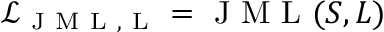
\mathcal { L } _ { \mathrm { ~ J ~ M ~ L ~ , ~ L ~ } } = \mathrm { ~ J ~ M ~ L ~ } ( S , L )